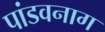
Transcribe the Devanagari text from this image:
पांडवनाग